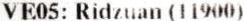
VE05: RIDZUAN (11900)